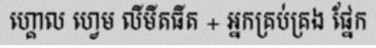
ហ្គោល ហ្វេម លីមីតធីត + អ្នកគ្រប់គ្រង ផ្នែក